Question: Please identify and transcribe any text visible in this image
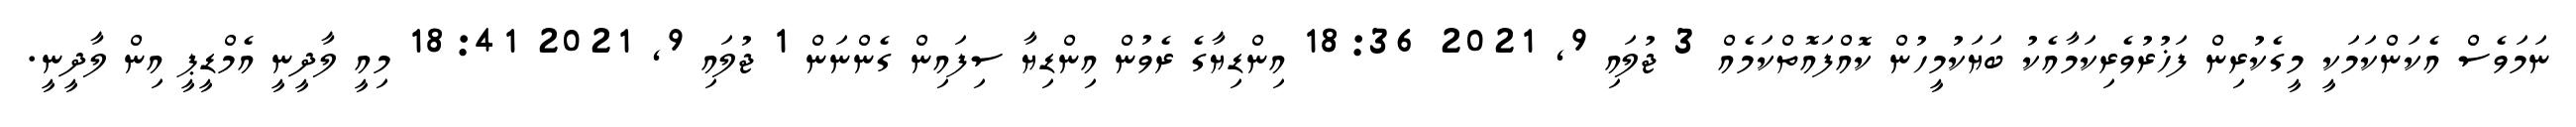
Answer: ނަމަވެސް އެކަންކަމަކީ މީގެކުރިން ފަޚުރުވެރިކަމާއެކު ބަޔަކުމީހުން ކޮއްފައޮތްކަމެއް 3 ޖުލައި 9, 2021 18:36 އިންޑިޔާގެ ރެވުން އިންޑިޔާ ސިފައިން ގެންނަން 1 ޖުލައި 9, 2021 18:41 މިއީ ލާދީނީ އެމްޑީޕީ އިން ލާދީނީ.